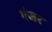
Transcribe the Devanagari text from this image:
गंजर